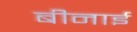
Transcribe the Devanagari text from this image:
बीनाई